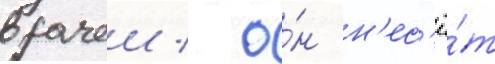
врачеи / о́н н'ес'ё́т